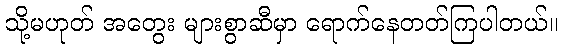
သို့မဟုတ် အတွေး များစွာဆီမှာ ရောက်နေတတ်ကြပါတယ်။